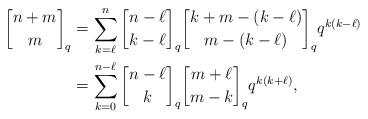
LaTeX: \begin{align*} {n+m \brack m}_{q} &= \sum_{k=\ell}^n{n-\ell \brack k-\ell}_{q} {k+m-(k-\ell) \brack m-(k-\ell)}_{q}q^{ k (k-\ell)}\\ &= \sum_{k=0}^{n-\ell}{n-\ell\brack k}_{q}{m+\ell \brack m-k}_{q}q^{k(k+\ell)},\end{align*}